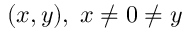
( x , y ) , \; x \neq 0 \neq y